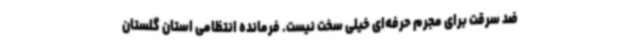
ضد سرقت برای مجرم حرفه‌ای خیلی سخت نیست. فرمانده انتظامی استان گلستان